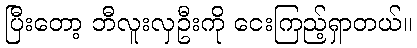
ပြီးတော့ ဘီလူးလှဦးကို ငေးကြည့်ရှာတယ်။